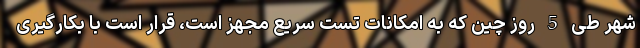
شهر طی 5 روز چین که به امکانات تست سریع مجهز است، قرار است با بکارگیری